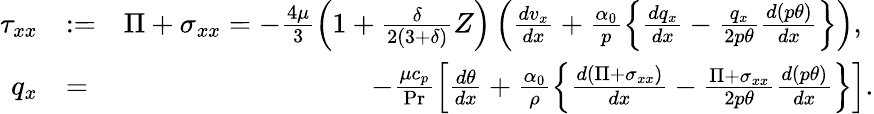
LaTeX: \begin{array}{rlr}{\tau_{xx}}&{:=}&{\Pi+\sigma_{xx}=-\frac{4\mu}{3}\left(1+\frac{\delta}{2\left(3+\delta\right)}Z\right)\left(\frac{dv_{x}}{dx}+\frac{\alpha_{0}}{p}\left\{ \frac{dq_{x}}{dx}-\frac{q_{x}}{2p\theta}\frac{d\left(p\theta\right)}{dx}\right\} \right)\mathrm{,~}}\\ {q_{x}}&{=}&{-\frac{\mu c_{p}}{\operatorname*{Pr}}\left[\frac{d\theta}{dx}+\frac{\alpha_{0}}{\rho}\left\{ \frac{d\left(\Pi+\sigma_{xx}\right)}{dx}-\frac{\Pi+\sigma_{xx}}{2p\theta}\frac{d\left(p\theta\right)}{dx}\right\} \right].}\end{array}